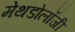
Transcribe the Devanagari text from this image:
मेथडोलॉजी